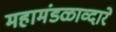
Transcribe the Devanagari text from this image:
महामंडळाव्दारे